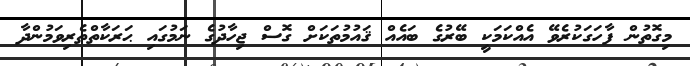
މިގޮތުން ފާހަގަކުރެވޭ އެއްކަމަކީ ބޭރުގެ ބައެއް ޤައުމުތަކަށް ގޮސް ޖިހާދުގެ ނަމުގައި ޙަރަކާތްތެރިވަމުންދާ